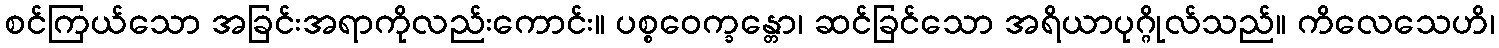
စင်ကြယ်သော အခြင်းအရာကိုလည်းကောင်း။ ပစ္စဝေက္ခန္တော၊ ဆင်ခြင်သော အရိယာပုဂ္ဂိုလ်သည်။ ကိလေသေဟိ၊